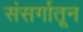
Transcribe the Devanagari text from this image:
संसर्गातून